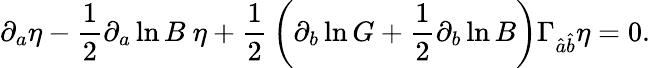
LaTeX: \partial_{a}\eta-{\frac{1}{2}}\partial_{a}\ln B\ \eta+{\frac{1}{2}}\left(\partial_{b}\ln G+{\frac{1}{2}}\partial_{b}\ln B\right)\Gamma_{\hat{a}\hat{b}}\eta=0.